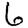
Digit: 6